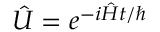
{ \hat { U } } = e ^ { - i { \hat { H } } t / \hbar }